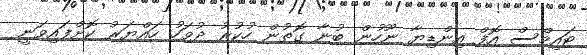
ޓައިމްސް އޮފް އިންޑިޔާ ނޫހުން ބުނާ ގޮތުން ހުކުރު ދުވަހު ހައްޔަރު ކޮށްފައިވަނީ